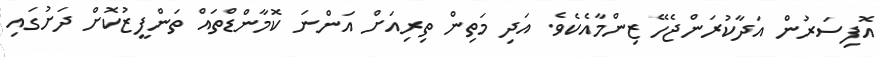
އޮފިސަރުން އަދާކުރަންޖެހޭ ޒިންމާއެކެވެ. އަދި މަތިން ތިރިއަށް އަންނަ ކޮމާންޑްތައް ތަންފީޒުކޮށް ދަށުގައި